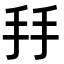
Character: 𢪒